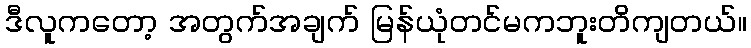
ဒီလူကတော့ အတွက်အချက် မြန်ယုံတင်မကဘူးတိကျတယ်။